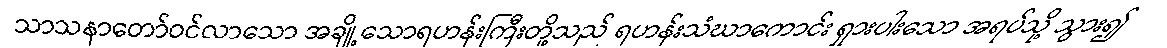
သာသနာတော်ဝင်လာသော အချို့သောရဟန်းကြီးတို့သည် ရဟန်းသံဃာကောင်း ရှားပါးသော အရပ်သို့ သွား၍